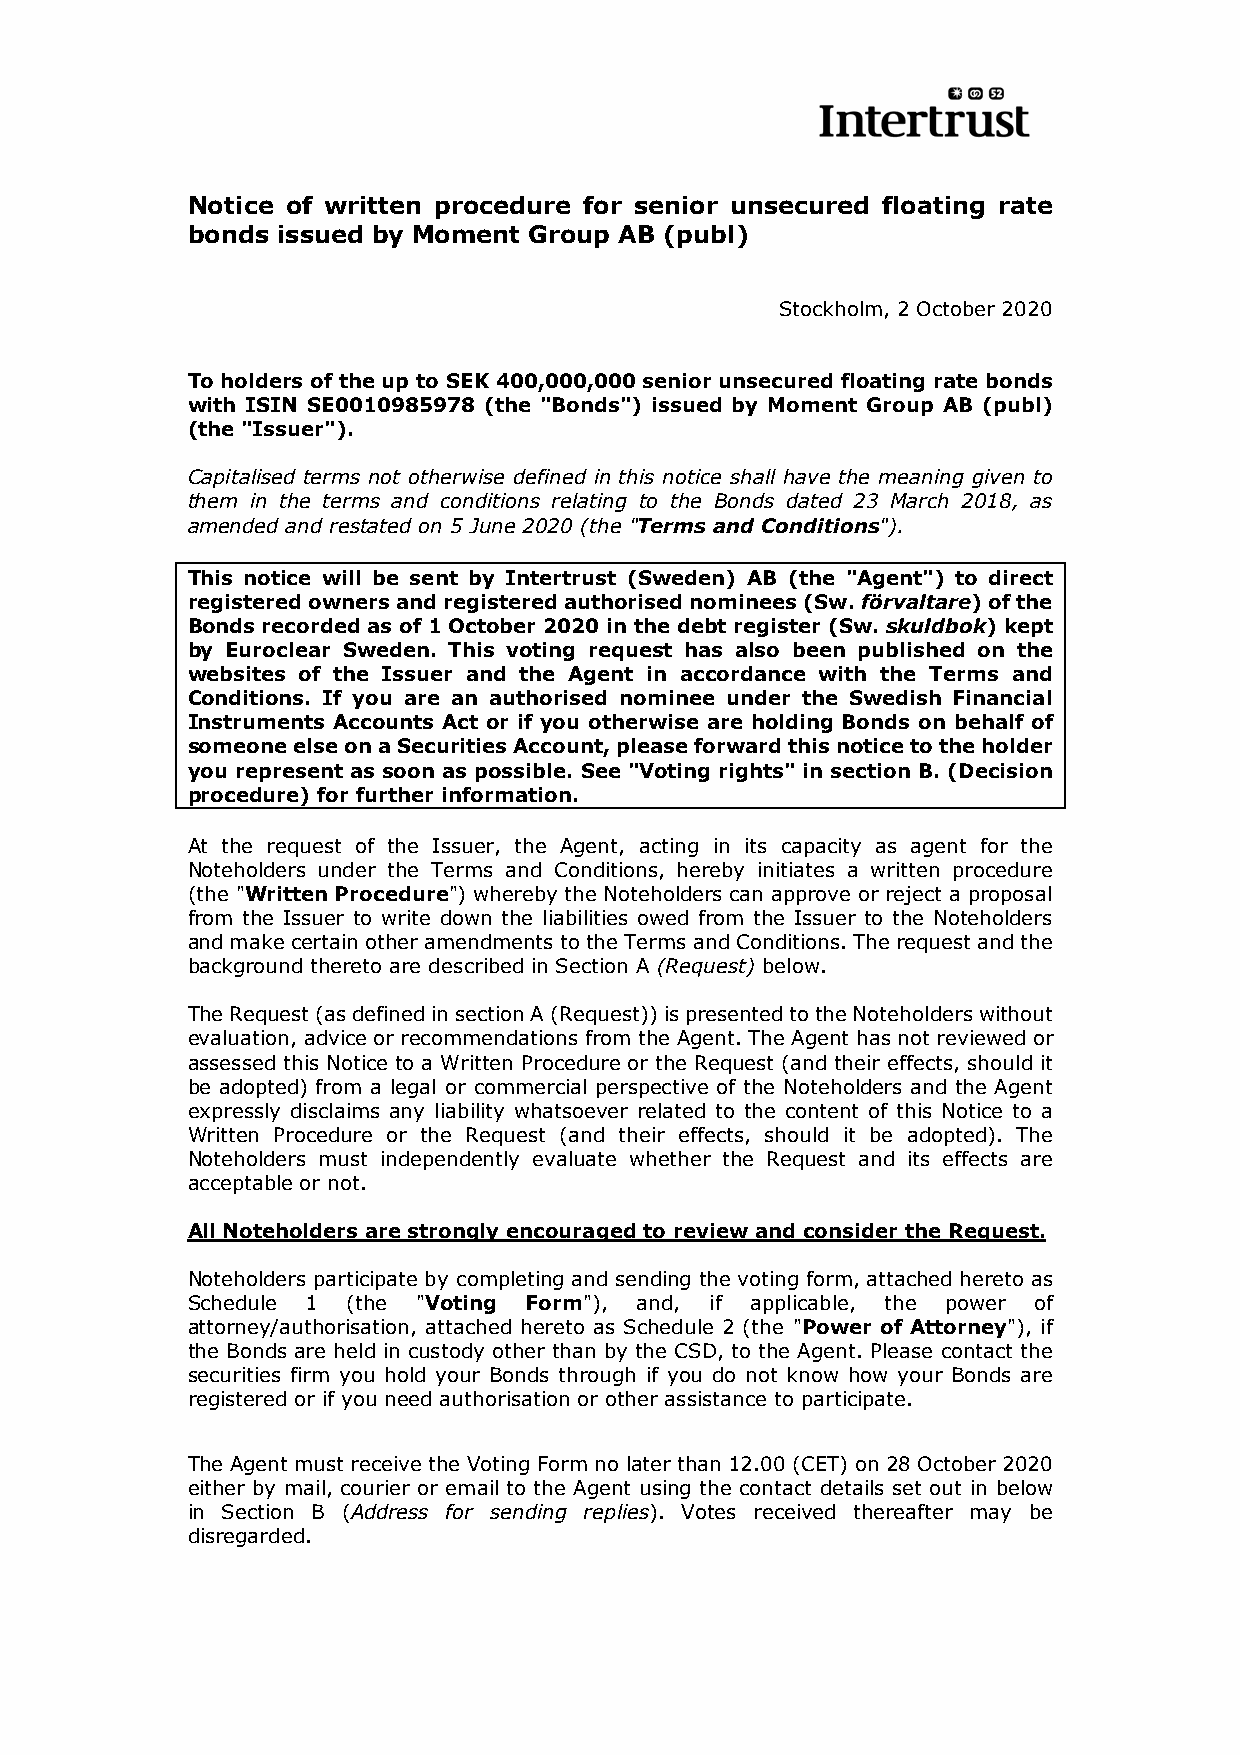
Notice of written procedure for senior unsecured floating rate
 bonds issued by Moment Group AB (publ)
 Stockholm, 2 October 2020
 To holders of the up to SEK 400,000,000 senior unsecured floating rate bonds
 with ISIN SE0010985978 (the "Bonds") issued by Moment Group AB (publ)
 (the "Issuer").
 Capitalised terms not otherwise defined in this notice shall have the meaning given to
 them in the terms and conditions relating to the Bonds dated 23 March 2018, as
 amended and restated on 5 June 2020 (the "Terms and Conditions").
 This notice will be sent by Intertrust (Sweden) AB (the "Agent") to direct
 registered owners and registered authorised nominees (Sw. förvaltare) of the
 Bonds recorded as of 1 October 2020 in the debt register (Sw. skuldbok) kept
 by Euroclear Sweden. This voting request has also been published on the
 websites of the Issuer and the Agent in accordance with the Terms and
 Conditions. If you are an authorised nominee under the Swedish Financial
 Instruments Accounts Act or if you otherwise are holding Bonds on behalf of
 someone else on a Securities Account, please forward this notice to the holder
 you represent as soon as possible. See "Voting rights" in section B. (Decision
 procedure) for further information.
 At the request of the Issuer, the Agent, acting in its capacity as agent for the
 Noteholders under the Terms and Conditions, hereby initiates a written procedure
 (the "Written Procedure") whereby the Noteholders can approve or reject a proposal
 from the Issuer to write down the liabilities owed from the Issuer to the Noteholders
 and make certain other amendments to the Terms and Conditions. The request and the
 background thereto are described in Section A (Request) below.
 The Request (as defined in section A (Request)) is presented to the Noteholders without
 evaluation, advice or recommendations from the Agent. The Agent has not reviewed or
 assessed this Notice to a Written Procedure or the Request (and their effects, should it
 be adopted) from a legal or commercial perspective of the Noteholders and the Agent
 expressly disclaims any liability whatsoever related to the content of this Notice to a
 Written Procedure or the Request (and their effects, should it be adopted). The
 Noteholders must independently evaluate whether the Request and its effects are
 acceptable or not.
 All Noteholders are strongly encouraged to review and consider the Request.
 Noteholders participate by completing and sending the voting form, attached hereto as
 Schedule 1 (the "Voting Form"), and, if applicable, the power of
 attorney/authorisation, attached hereto as Schedule 2 (the "Power of Attorney"), if
 the Bonds are held in custody other than by the CSD, to the Agent. Please contact the
 securities firm you hold your Bonds through if you do not know how your Bonds are
 registered or if you need authorisation or other assistance to participate.
 The Agent must receive the Voting Form no later than 12.00 (CET) on 28 October 2020
 either by mail, courier or email to the Agent using the contact details set out in below
 in Section B (Address for sending replies). Votes received thereafter may be
 disregarded.